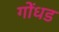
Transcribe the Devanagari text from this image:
गोंधड